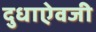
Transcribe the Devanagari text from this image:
दुधाऐवजी